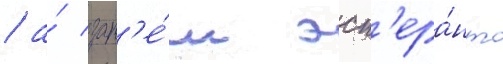
/ а́ зат'е́м эсп'ера́нто